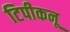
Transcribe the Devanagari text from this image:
टिपीकनू